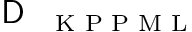
\textrm { \textsf { D } } _ { \textrm { K P P M L } }